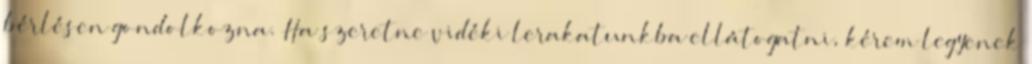
bérlésen gondolkozna. Ha szeretne vidéki lerakatunkba ellátogatni, kérem legyenek